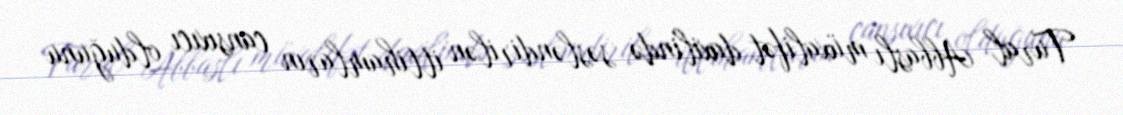
Tural Abbaslı müxalifət daxilində səsləndirilən ittihamların cansıxıcı olduğunu